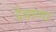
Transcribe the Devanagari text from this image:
देवाणा